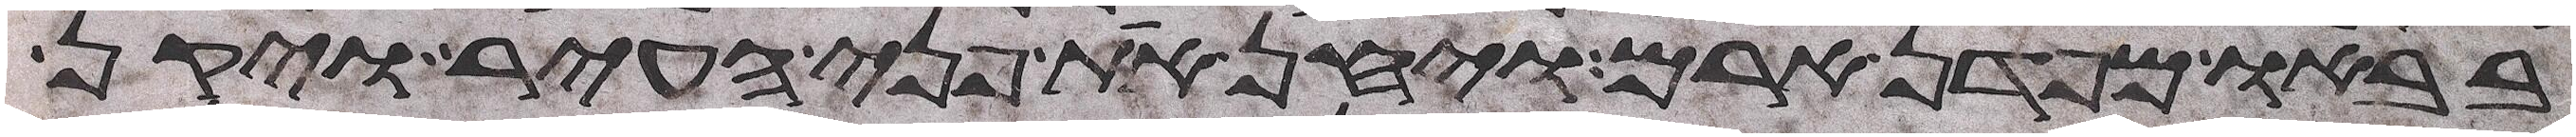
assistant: בבאו מפדן ארם ויחן את פני העיר ויקן